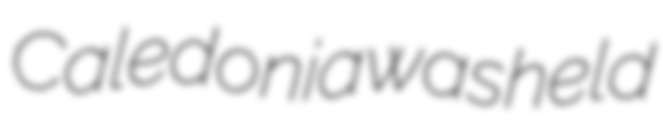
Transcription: Caledonia was held